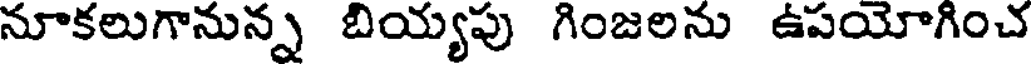
నూకలుగానున్న బియ్యపు గింజలను ఉపయోగించ